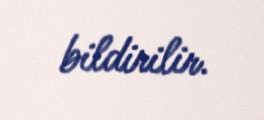
bildirilir.